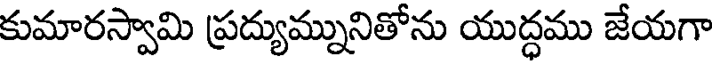
కుమారస్వామి ప్రద్యుమ్నునితోను యుద్ధము జేయగా